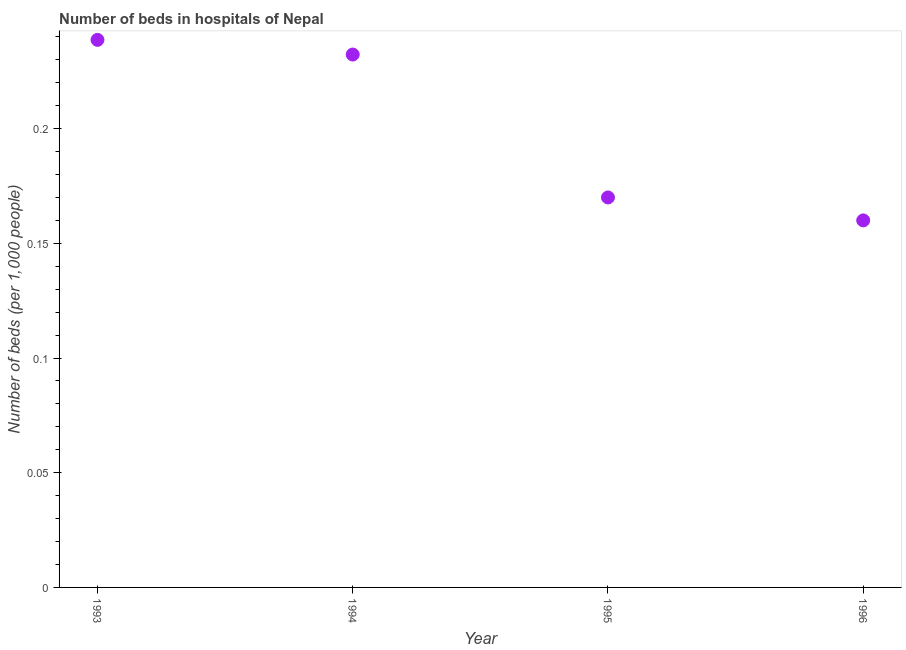
| Year | Hospital beds |
 | --- | --- |
 | 1993 | 0.239 |
 | 1994 | 0.232 |
 | 1995 | 0.17 |
 | 1996 | 0.16 |